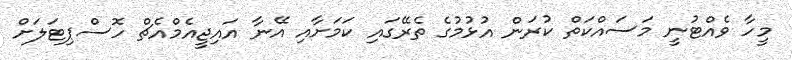
މީހާ ވެއްޓުނީ މަސައްކަތް ކުރަން އުޅުމުގެ ތެރޭގައި ކަމަށާއި އޭނާ އައިޖީއެމްއެޗް ހޮސްޕިޓަލަށް